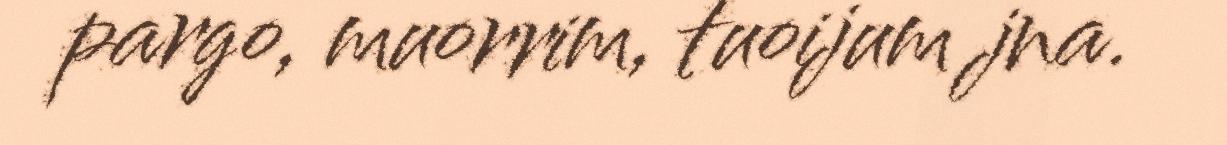
pargo, muorrim, tuoijum jna.